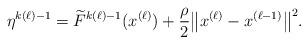
LaTeX: \begin{align*}\eta^{k(\ell)-1} = \widetilde{F}^{k(\ell)-1}(x^{(\ell)}) + \frac{\rho}{2}\big\|x^{(\ell)} - x^{(\ell-1)}\big\|^2.\end{align*}